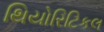
થિયોરિટિકલ